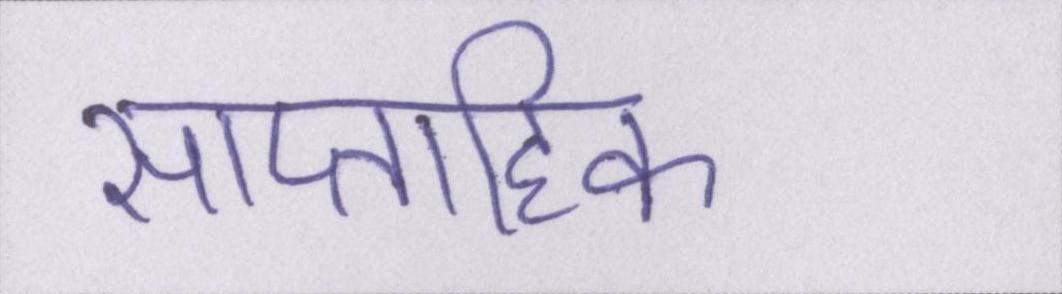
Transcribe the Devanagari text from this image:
साप्ताहिक